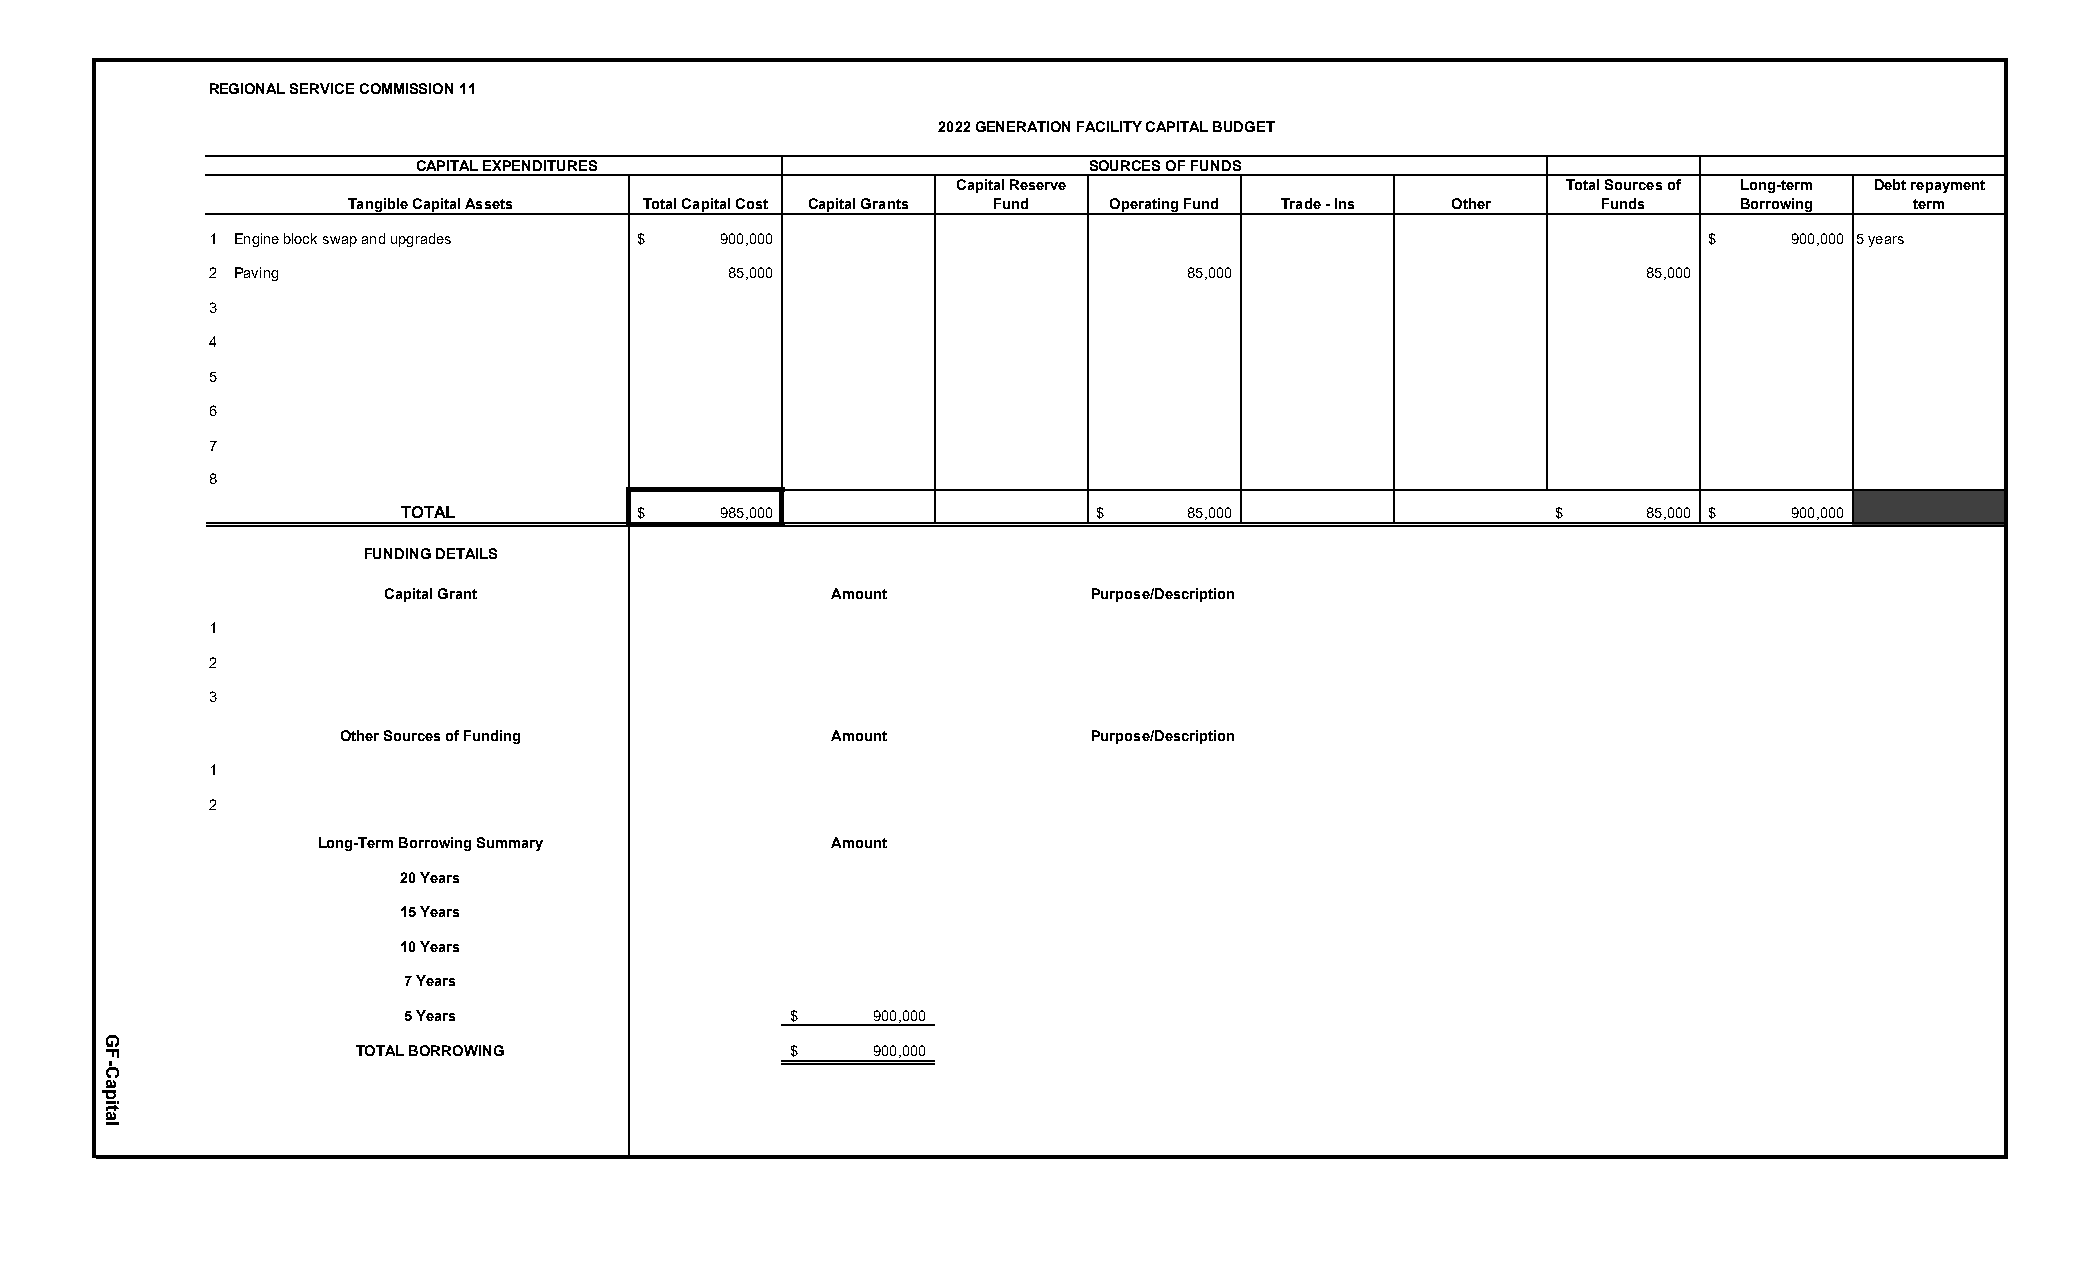
REGIONAL SERVICE COMMISSION 11
 2022 GENERATION FACILITY CAPITAL BUDGET
 CAPITAL EXPENDITURES                         SOURCES OF FUNDS
 Capital Reserve                         Total Sources of Long-term Debt repayment
 Tangible Capital Assets Total Capital Cost Capital Grants Fund Operating Fund Trade - Ins Other Funds Borrowing term
 1 Engine block swap and upgrades $ 900,000                                                          $    900,000 5 years
 2 Paving                           85,000                        85,000                         85,000
 3
 4
 5
 6
 7
 8
 TOTAL           $    985,000                  $     85,000                   $     85,000 $ 900,000
 FUNDING DETAILS
 Capital Grant                 Amount           Purpose/Description
 1
 2
 3
 Other Sources of Funding         Amount           Purpose/Description
 1
 2
 Long-Term Borrowing Summary       Amount
 20 Years
 15 Years
 10 Years
 7 Years
 5 Years                   $    900,000
 TOTAL BORROWING              $    900,000
 GF-Capital